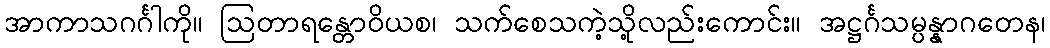
အာကာသဂင်္ဂါကို။ ဩတာရန္တောဝိယစ၊ သက်စေသကဲ့သို့လည်းကောင်း။ အဋ္ဌင်္ဂသမ္ပန္နာဂတေန၊